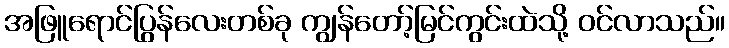
အဖြူရောင်ပြွန်လေးတစ်ခု ကျွန်တော့်မြင်ကွင်းထဲသို့ ဝင်လာသည်။